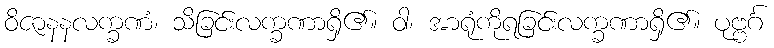
ဝိဇာနနလက္ခဏံ၊ သိခြင်းလက္ခဏာရှိ၏။ ဝါ၊ အာရုံကိုရခြင်းလက္ခဏာရှိ၏။ ပုဗ္ဗင်္ဂ